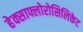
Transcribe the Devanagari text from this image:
हेक्साफ्लोरोसिलिकेट